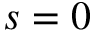
s = 0